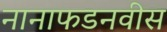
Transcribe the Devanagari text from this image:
नानाफडनवीस